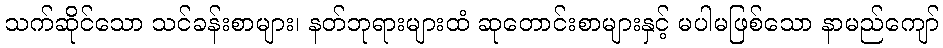
သက်ဆိုင်သော သင်ခန်းစာများ၊ နတ်ဘုရားများထံ ဆုတောင်းစာများနှင့် မပါမဖြစ်သော နာမည်ကျော်